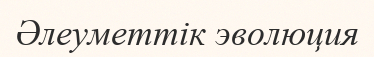
Әлеуметтік эволюция